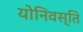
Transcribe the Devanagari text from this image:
योनिवस्ति